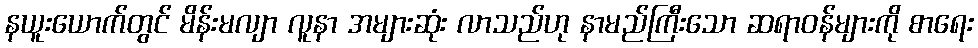
နယူးယောက်တွင် မိန်းမလျာ လူနာ အများဆုံး လာသည်ဟု နာမည်ကြီးသော ဆရာဝန်များကို စာရေး